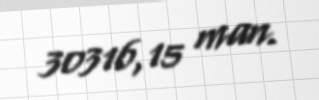
30316,15 man.